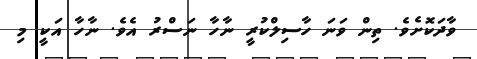
ވާދަކޮށެވެ. ތިން ވަނަ ހާސިލްކުރީ ނާހާ ނަސްރު އެވެ. ނާހާ އަކީ މި